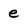
Character: e